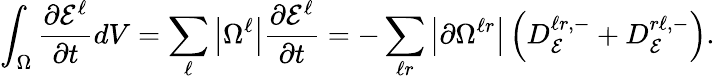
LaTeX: \int_{\Omega}\frac{\partial\mathcal{E}^{\ell}}{\partial t}dV=\sum_{\ell}\left|\Omega^{\ell}\right|\frac{\partial\mathcal{E}^{\ell}}{\partial t}=-\sum_{\ell\mathcal{r}}\left|\partial\Omega^{\ell\mathcal{r}}\right|\left(D_{\mathcal{E}}^{\ell\mathcal{r},-}+D_{\mathcal{E}}^{\mathcal{r}\ell,-}\right).